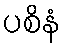
ပစိနံ